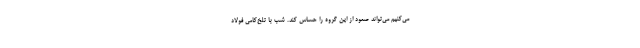
می‌کنیم می‌تواند صعود از این گروه را حساس کند. شب با تلخ‌کامی فولاد